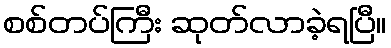
စစ်တပ်ကြီး ဆုတ်လာခဲ့ရပြီ။